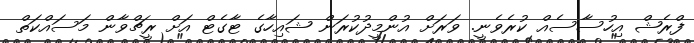
ފްރެޝް އިހުސާސެއް ކުރެވެނީ. ވަރަށް އުންމީދުކުރަން ޝައިހާގެ ޓާގެޓް އަށް ރީޗްވާން މަސައްކަތް